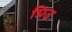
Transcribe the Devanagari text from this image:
ग्रिउ